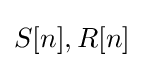
S[n],R[n]